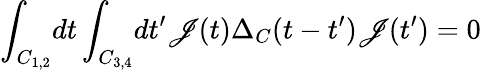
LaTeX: \int_{C_{1,2}}\! dt\int_{C_{3,4}}\! dt^{\prime}\mathscr{J}(t)\Delta_{C}(t-t^{\prime})\mathscr{J}(t^{\prime})=0